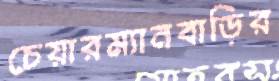
চেয়ারম্যানবাড়ির